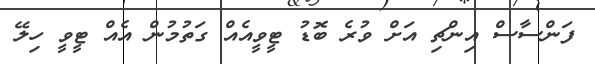
ފަންސާސް އިންޗި އަށް ވުރެ ބޮޑު ޓީވީއެއް ގަތުމުން އެއް ޓީވީ ހިލޭ